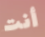
أنت